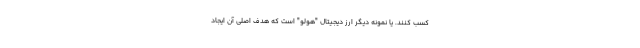
کسب کنند. یا نمونه دیگر ارز دیجیتال "هولو" است که هدف اصلی آن ایجاد